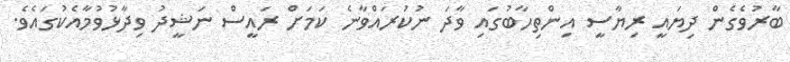
ބާރުވެގެން ދިޔައީ ރިޔާސީ އިންތިހާބުގައި ވާދަ ނުކުރައްވާނެ ކަމަށް ރައީސް ނަޝީދު ވިދާޅުވުމާއެކުގައެވެ.